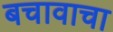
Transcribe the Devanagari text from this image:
बचावाचा